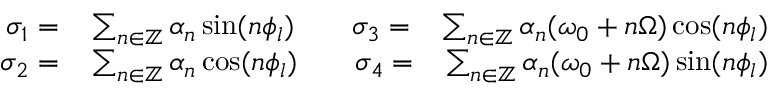
\begin{array} { r l r } { \sigma _ { 1 } = } & { { } \sum _ { n \in \mathbb { Z } } \alpha _ { n } \sin ( n \phi _ { l } ) \quad \quad \sigma _ { 3 } = } & { \sum _ { n \in \mathbb { Z } } \alpha _ { n } ( \omega _ { 0 } + n \Omega ) \cos ( n \phi _ { l } ) } \\ { \sigma _ { 2 } = } & { { } \sum _ { n \in \mathbb { Z } } \alpha _ { n } \cos ( n \phi _ { l } ) \quad \quad \sigma _ { 4 } = } & { \sum _ { n \in \mathbb { Z } } \alpha _ { n } ( \omega _ { 0 } + n \Omega ) \sin ( n \phi _ { l } ) } \end{array}